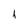
Character: h